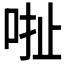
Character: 𠳏